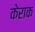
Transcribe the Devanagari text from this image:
केराक